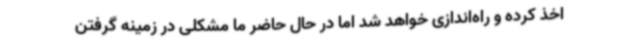
اخذ کرده و راه‌اندازی خواهد شد اما در حال حاضر ما مشکلی در زمینه گرفتن